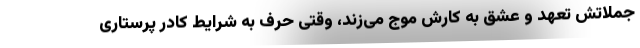
جملاتش تعهد و عشق به کارش موج می‌زند، وقتی حرف به شرایط کادر پرستاری